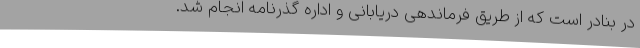
در بنادر است که از طریق فرماندهی دریابانی و اداره گذرنامه انجام شد.